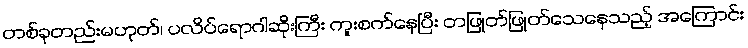
တစ်ခုတည်းမဟုတ်၊ ပလိပ်ရောဂါဆိုးကြီး ကူးစက်နေပြီး တဖြုတ်ဖြုတ်သေနေသည့် အကြောင်း